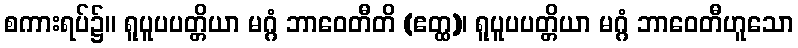
စကားရပ်၌။ ရူပူပပတ္တိယာ မဂ္ဂံ ဘာဝေတီတိ (ဧတ္ထ)၊ ရူပူပပတ္တိယာ မဂ္ဂံ ဘာဝေတီဟူသော